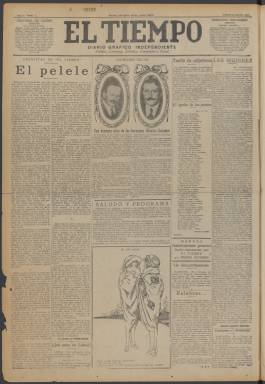
Título: El Tiempo (Madrid. 1921)
Colección: Periódicos
Ámbito geográfico: Madrid
Lugar de publicación: Madrid
Fechas: 25/02/1921-11/07/1936